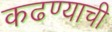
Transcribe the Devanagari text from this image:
कढण्याची